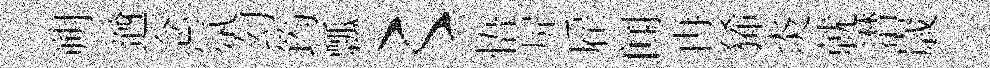
朔遒念氛幻筠瓢〻悟屏雇闻冉狶炎就潸𡻕